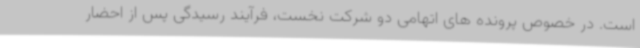
است. در خصوص پرونده های اتهامی دو شرکت نخست، فرآیند رسیدگی پس از احضار